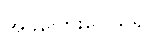
အခကြေးငွေယူ၍